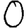
Digit: 0